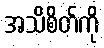
အသိစိတ်ကို